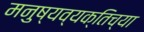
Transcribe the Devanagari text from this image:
मनुष्यव्यक्तिच्या